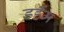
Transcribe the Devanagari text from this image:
डर्हॅम